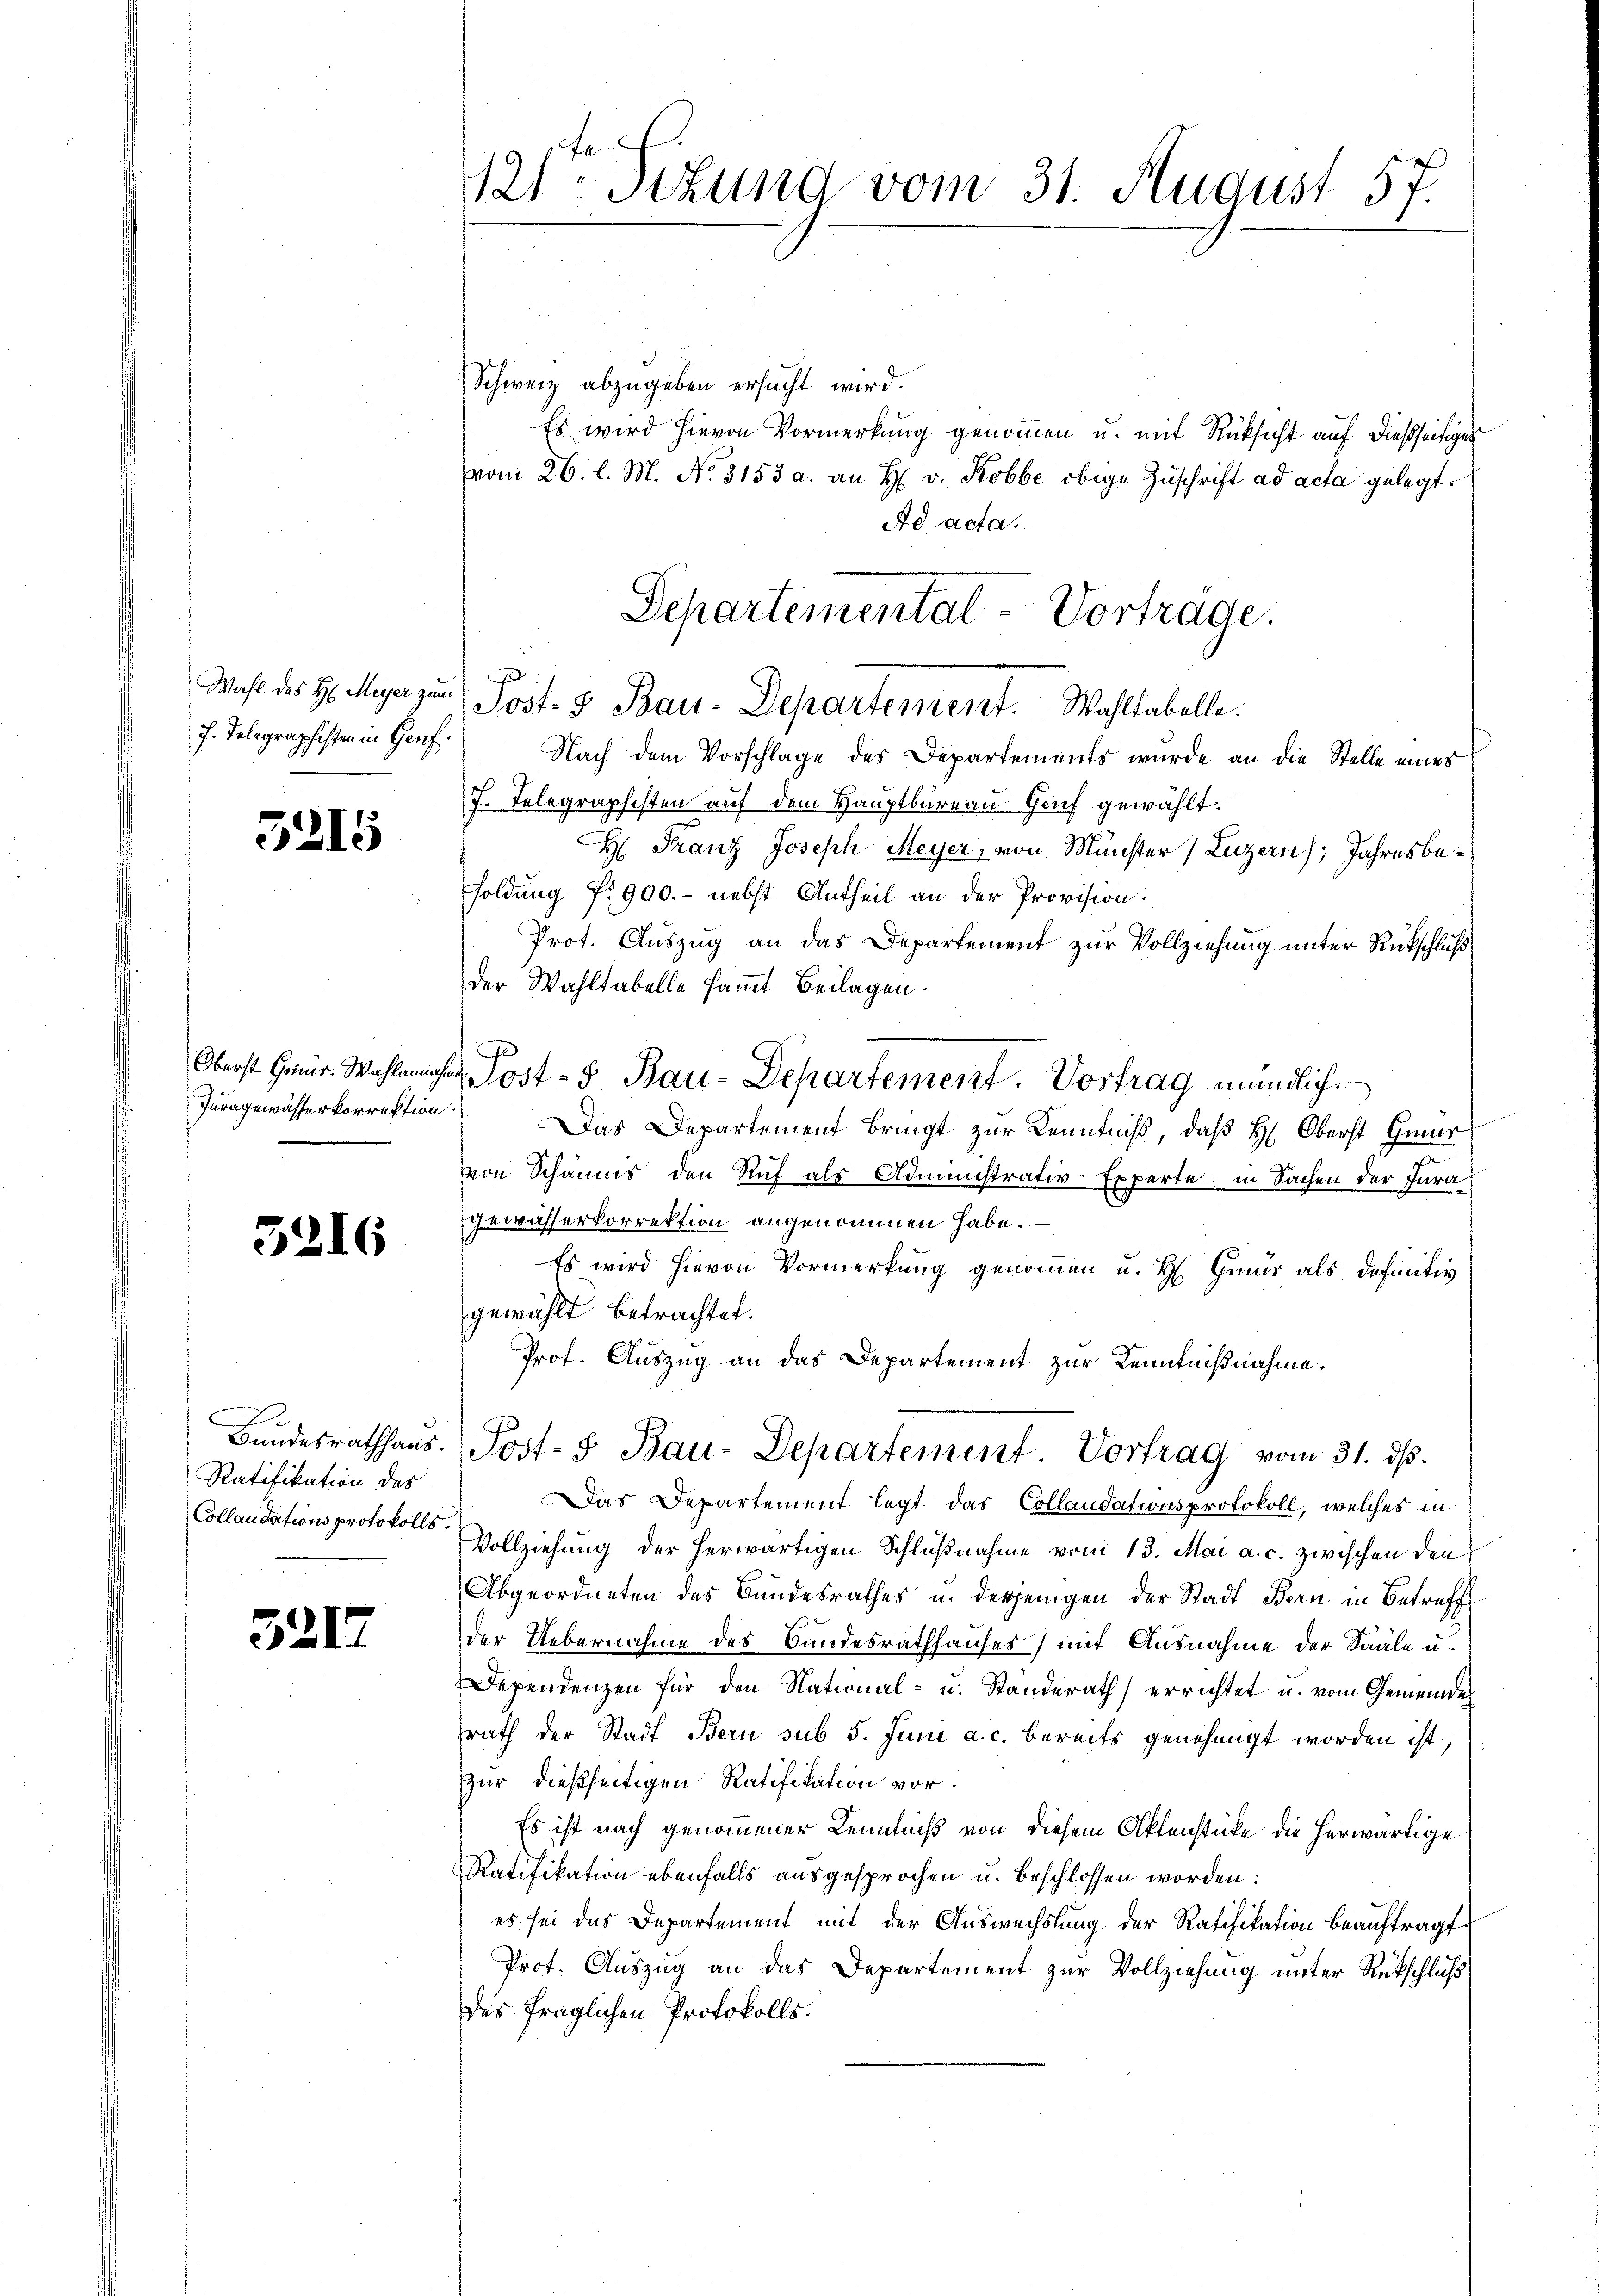
Wahl des H. Meyer zur
7. Telegraphisten in Genf

5215

Oberst Gmür. Wahlamms.
Juragewässerkorrektion

5216

Ratifikation des
Collaudations protokolls.

3217

121ten Situng vom 31. August 57.

Schweiz abzugeben ersucht wird.
Es wird hievon Vormerkung genommen u. mit Rücksicht auf dießseitiger
vom 26. l. M. No. 3153 a. an H. v. Robbe obige Zuschrift ad acta gelegt.
Ad acta.
u
.
Nach dem Vorschlage des Departements wurde an die Stelle eines
7. Telegraphisten auf dem Hauptbureau Genf gewählt.
H: Franz Joseph Meyer, von Münster (Luzern; Jahresbesoldung fr. 900.- nebst Antheil an der Provision:
Prot. Auszug an das Departement zur Vollziehung unter Rückschluß
der Wahltabelle samt Beilagen.
b. Post- & Bau-Departement. Vortrag mündlich.
x
Das Departement bringt zur Kenntniß, daß H: Oberst Gmür
von Schaums den Ruf als Administrativ-Experte, in Sachen der Jura
gewässerkorrektion angenommen habe.
Es wird hievon Vormerkung genommen u. H. Gmür als definitiv
gewählt betrachtet.
Prot. Auszug an das Departement zur Kenntnißnahme.
Bŭndesrathhaŭs Post- & Bau-Departement Vortrag vom 31. ds.
Das Departement legt das Collaudationsprotokoll, welches in
Vollziehung der herwärtigen Schlußnahme vom 13. Mai a. c. zwischen den
Abgeordneten des Bundesrathes u. derjenigen der Stadt Bern in Betreff
der Uebernahme des Bundesrathhauses) mit Ausnahme der Saale u.
Dependenzen für den National- u. Standerath errichtet u. vom Gemeinde
rath der Stadt Bern sub 5. Juni a. c. bereits genehmigt worden ist,
zur dießseitigen Ratifikation vor.
Es ist nach genommener Kenntniß von diesem Aktenstücke die herwärtige
Ratifikation ebenfalls ausgesprochen u. beschlossen worden:
es sei das Departement mit der Auswechslung der Ratifikation beauftragt.
Prot. Auszug an das Departement zur Vollziehung unter Rückschluß
des fraglichen Protokolls.

Separtemental-Vorträge.
Post- & Bau-Departement. Wahltabelle.